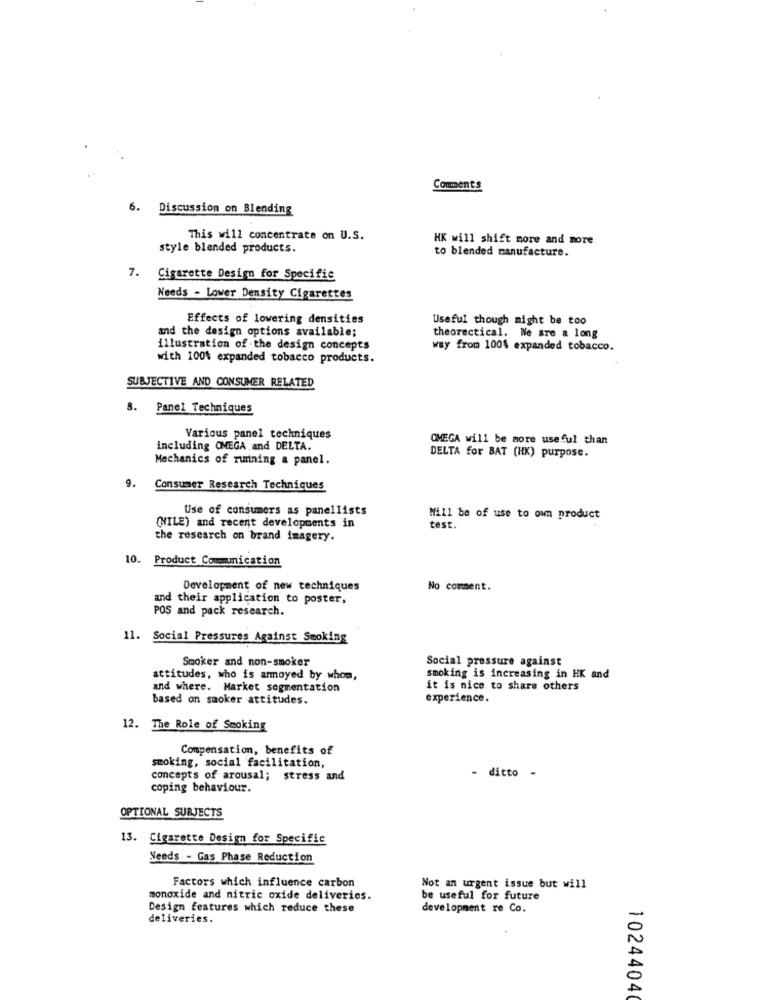
Comments
6.
Discussion on Blending
This will concentrate on U.S.
HK will shift more and more
style blended products.
to blended manufacture.
7. Cigarette Design for Specific
Needs - Lower Density Cigarettes
Effects of lowering densities
Useful though might be too
and the design options available;
theorectical. Ne are & long
illustration of the design concepts
way from 100% expanded tobacco.
with 100% expanded tobacco products.
SUBJECTIVE AND CONSUMER RELATED
8.
Panel Techniques
Various panel techniques
OMEGA will be more useful than
including OMEGA and DELTA.
DELTA for BAT (HK) purpose.
Mechanics of running a panel.
9.
Consumer Research Techniques
Use of consumers as panellists
Will be of use to own product
(NILE) and recent developments in
test.
the research on brand imagery.
10. Product Communication
Development of new techniques
No comment.
and their application to poster,
POS and pack research.
. Social Pressures Against Smoking
Smoker and non-smoker
Social pressure against
attitudes, who is annoyed by whom,
smoking is increasing in HK and
and where. Market segmentation
it is nice to share others
based on smoker attitudes.
experience.
12. The Role of Smoking
Compensation, benefits of
smoking, social facilitation,
concepts of arousal; stress and
- ditto -
coping behaviour.
OPTIONAL SUBJECTS
13. Cigarette Design for Specific
Needs - Gas Phase Reduction
Factors which influence carbon
Not an urgent issue but will
monoxide and nitric oxide deliveries.
be useful for future
Design features which reduce these
development re Co.
deliveries.
1024404